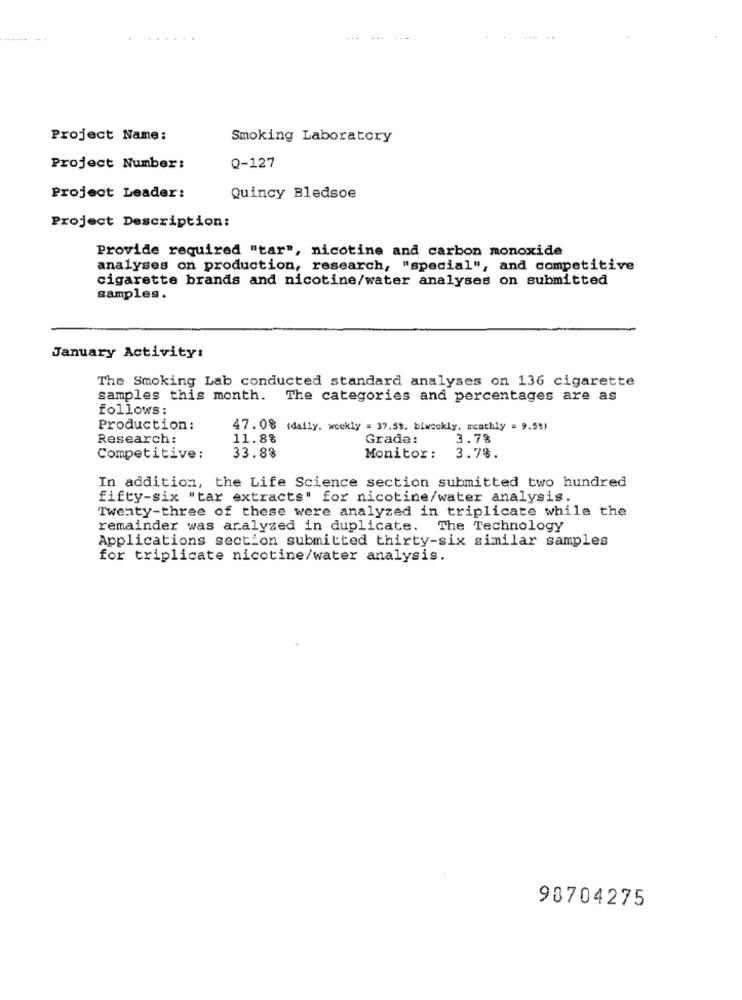
-- --
Project Name:
Smoking Laboratory
Project Number:
Q-127
Project Leader:
Quincy Bledsoe
Project Description:
Provide required "tar", nicotine and carbon monoxide
analyses on production, research, "special", and competitive
cigarette brands and nicotine/water analyses on submitted
samples.
January Activity:
The Smoking Lab conducted standard analyses on 136 cigarette
samples this month. The categories and percentages are as
follows:
Production:
47. 0% (daily, weekly = 37.58. biweekly. monthly = 9.59)
Research:
11.88
Grade:
3.78
Competitive:
33.88
Monitor: 3.7%.
In addition, the Life Science section submitted two hundred
fifty-six "tar extracts" for nicotine/water analysis.
Twenty-three of these were analyzed in triplicate while the
remainder was analyzed in duplicate. The Technology
Applications section submitted thirty-six similar samples
for triplicate nicotine/water analysis.
98704275